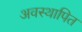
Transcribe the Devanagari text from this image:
अवस्थापित